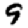
Digit: 9